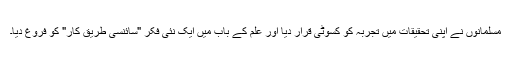
مسلمانوں نے اپنی تحقیقات میں تجربہ کو کسوٹی قرار دیا اور علم کے باب میں ایک نئی فکر "سائنسی طریقِ کار" کو فروغ دیا۔